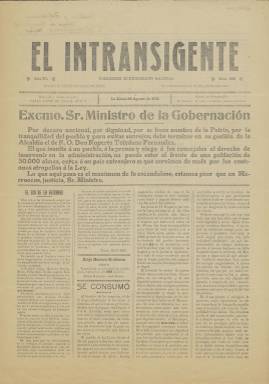
Título: El Intransigente (La Línea)
Colección: Periódicos
Ámbito geográfico: Cádiz
Lugar de publicación: La Línea [Cádiz]
Fechas: 23/08/1911-23/08/1911